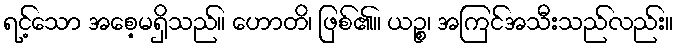
ရင့်သော အစေ့မရှိသည်။ ဟောတိ၊ ဖြစ်၏။ ယဉ္စ၊ အကြင်အသီးသည်လည်း။